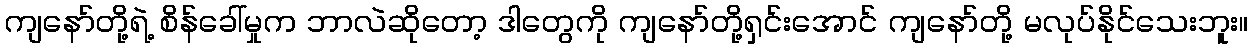
ကျနော်တို့ရဲ့ စိန်ခေါ်မှုက ဘာလဲဆိုတော့ ဒါတွေကို ကျနော်တို့ရှင်းအောင် ကျနော်တို့ မလုပ်နိုင်သေးဘူး။